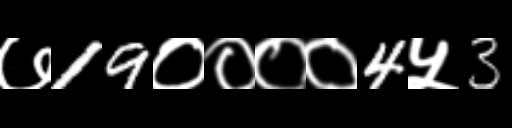
Text: ७19००००4५3